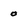
Character: 0